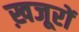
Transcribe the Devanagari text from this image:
ख़जूरों